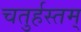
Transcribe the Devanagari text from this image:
चतुर्हस्तम्